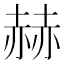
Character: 赫